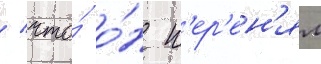
/ что́ о́н п'ер'ен'ял